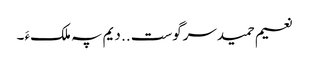
نعیم حمیدسرگوست .. دیم پہ ملکءَ ۔